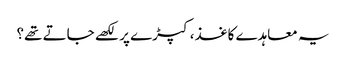
یہ معاہدے کاغذ، کپڑے پر لکھے جاتے تھے؟